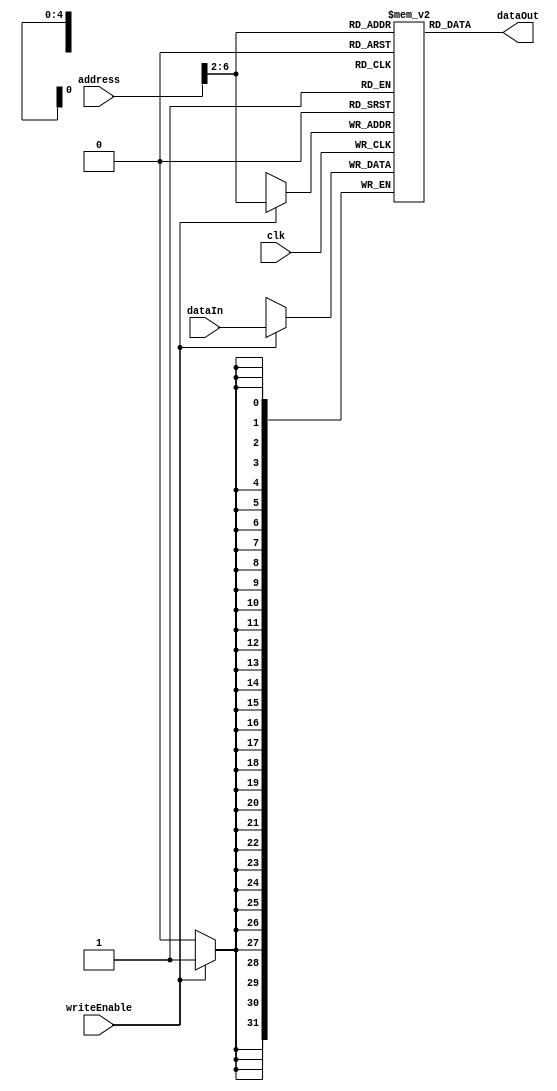
//////////////////////////////////////////////////////////////////////////////////
// Module Name: 32-Bit Single Cycle Data Memory 
// Description: Figure 5.20
// Revision:
// 03.07.2020 -> Revision 0.01 - Created
//////////////////////////////////////////////////////////////////////////////////

`timescale 1ns / 1ps

module SingleCycleDataMem(input clk,                // Clock
                          input writeEnable,        // Write Enable 
                          input  [31:0] dataIn,     // Data Input Port
                          input  [31:0] address,    // Destination or Source Address
                          output [31:0] dataOut);   // Data Output Port
                          
    reg [31:0] ram[0:31];   // RAM Cells (32 words)
    
    integer i;
    initial begin
        for(i = 0; i < 32; i = i + 1)
            ram[i] <= 32'h0000_0000;
            
        ram[5'h14] <= 32'h0000_00A3; 
        ram[5'h15] <= 32'h0000_0027;
        ram[5'h16] <= 32'h0000_0079;
        ram[5'h17] <= 32'h0000_0115;
    end
    
    always@(posedge(clk)) begin
        // If write requested
        if(writeEnable) begin
            ram[address[6:2]] <= dataIn; // Use address to write to memory
        end
    end
    
    assign dataOut = ram[address[6:2]];    // Use word address to read RAM                          
endmodule